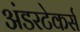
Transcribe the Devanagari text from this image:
अंडरटेकर्स